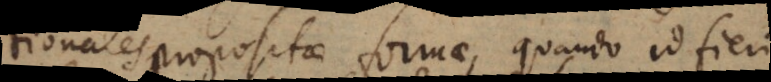
irrationales propositae formae, quando id fieri